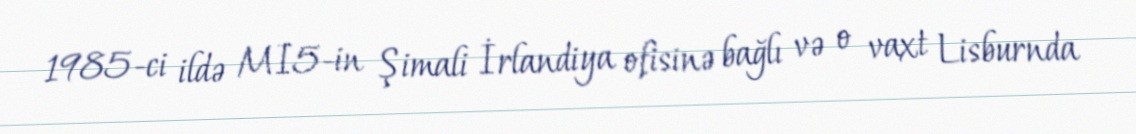
1985-ci ildə MI5-in Şimali İrlandiya ofisinə bağlı və o vaxt Lisburnda